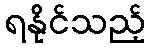
ရနိုင်သည့်